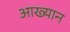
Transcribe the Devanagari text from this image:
आख्‍यान